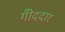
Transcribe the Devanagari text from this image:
गोँददार